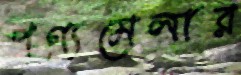
পণ্যমেলার